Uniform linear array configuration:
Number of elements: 24
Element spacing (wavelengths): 0.5
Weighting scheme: hamming
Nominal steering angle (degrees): -30
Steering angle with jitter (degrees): -31.123
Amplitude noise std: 0.05
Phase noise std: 0.05

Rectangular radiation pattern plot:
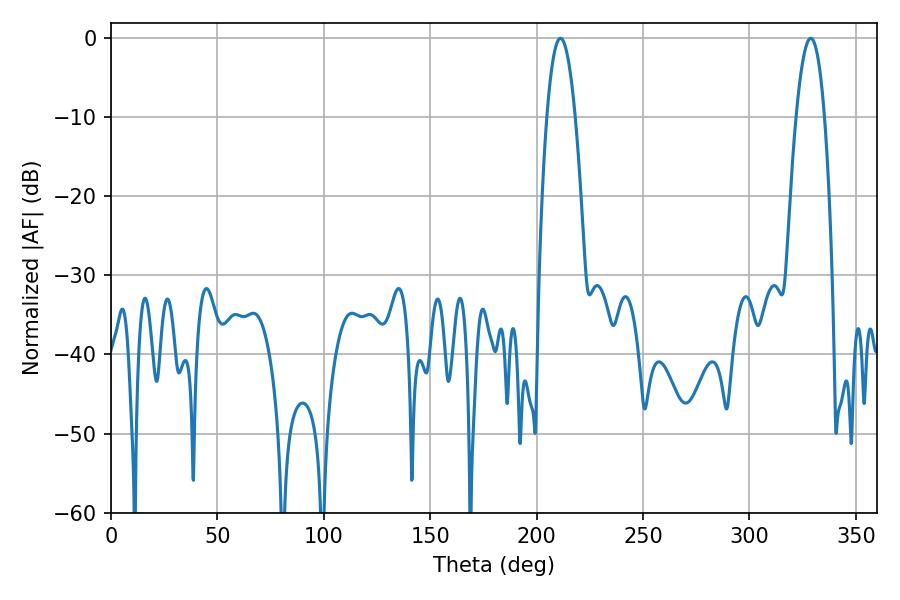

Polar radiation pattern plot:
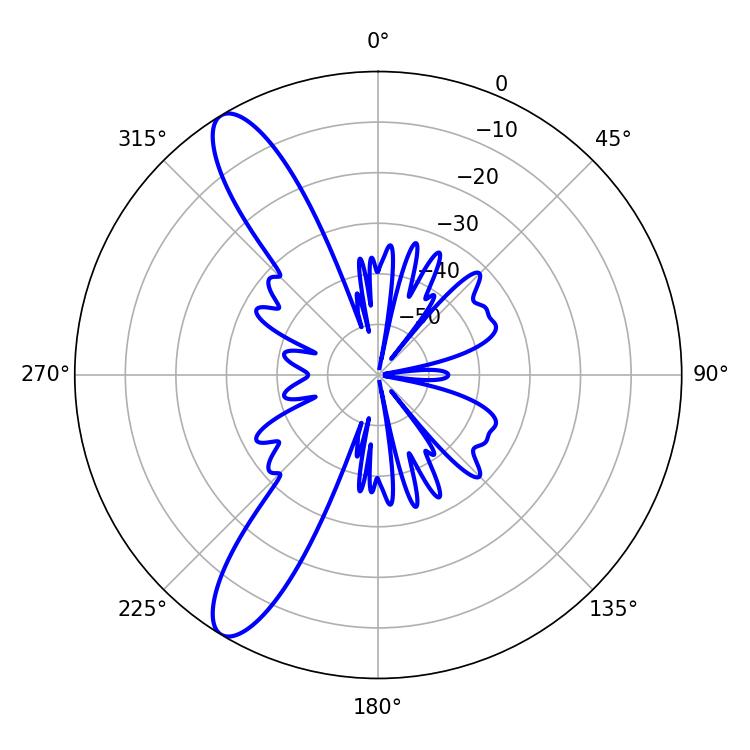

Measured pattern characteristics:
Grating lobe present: FALSE
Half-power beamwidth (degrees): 7.38
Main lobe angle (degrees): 211.14